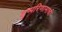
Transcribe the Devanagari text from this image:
दुष्परिणामाची